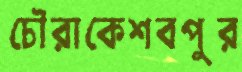
চৌরাকেশবপুর